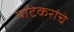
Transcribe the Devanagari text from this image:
पाटेकरांचे